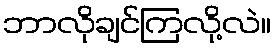
ဘာလိုချင်ကြလို့လဲ။